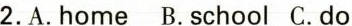
2.A.home B.school C.do